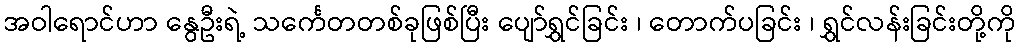
အဝါရောင်ဟာ နွေဦးရဲ့ သင်္ကေတတစ်ခုဖြစ်ပြီး ပျော်ရွှင်ခြင်း ၊ တောက်ပခြင်း ၊ ရွှင်လန်းခြင်းတို့ကို